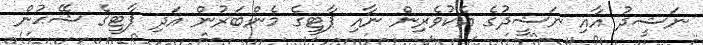
ނަޝީދު އާއި ނަޝީދުގެ އެކުވެރިން ނާއި ޕާޓީގެ މެންބަރުން އަދި ޕާޓީގެ ޝޭޙުން